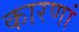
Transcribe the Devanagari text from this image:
कारणां